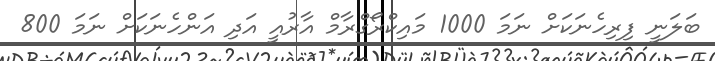
ބަލަނީ ފިރިހެނަކަށް ނަމަ 1000 މައިކްރޯގްރާމް އާރުއީ އަދި އަންހެނަކަށް ނަމަ 800